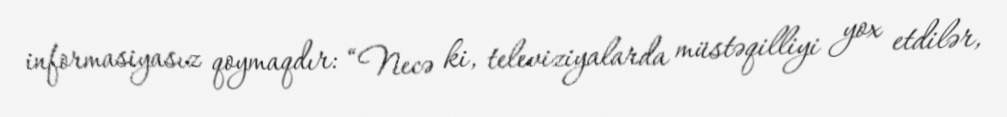
informasiyasız qoymaqdır: “Necə ki, televiziyalarda müstəqilliyi yox etdilər,